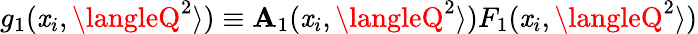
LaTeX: g_{1}(\mathit{x}_{i},\langleQ^{2}\rangle)\equiv\mathbf{A}_{1}(\mathit{x}_{i},\langleQ^{2}\rangle)F_{1}(\mathit{x}_{i},\langleQ^{2}\rangle)